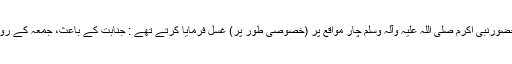
''حضرت عائشہ صدیقہ رضی اﷲ عنہا سے روایت ہے کہ حضورنبی اکرم صلی اللہ علیہ وآلہ وسلم چار مواقع پر (خصوصی طور پر) غسل فرمایا کرتے تھے : جنابت کے باعث، جمعہ کے روز، پچھنے لگوانے کے بعد اور میت کو غسل دینے کے بعد۔